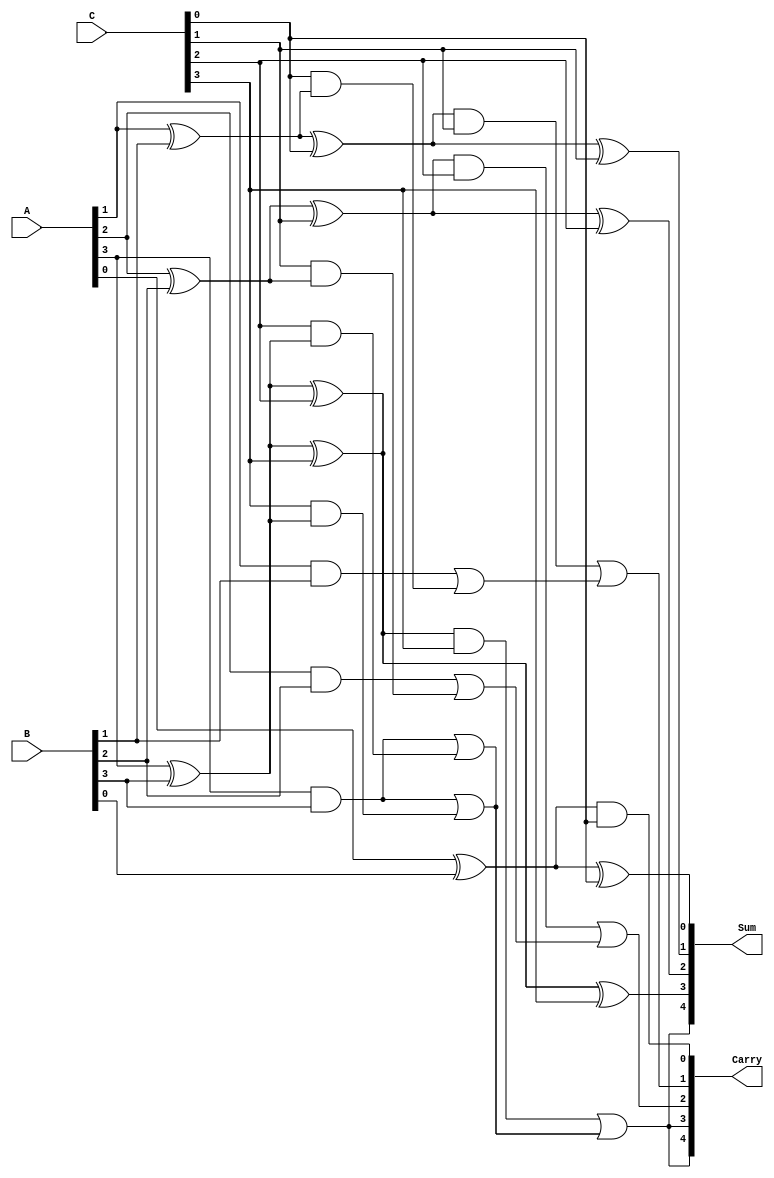
module ParallelCarrySaveAdder #(parameter n = 4) (
    input  [n-1:0] A,
    input  [n-1:0] B,
    input  [n-1:0] C,
    output [n:0] Sum,
    output [n:0] Carry
);

    wire [n-1:0] S1, C1;    // Intermediate sums and carries
    wire [n-1:0] S2, C2;    // Second stage sums and carries

    // Half Adder for first bit
    assign S1[0] = A[0] ^ B[0];
    assign C1[0] = A[0] & B[0];

    // Full Adders for the rest of the bits
    genvar i;
    generate
        for (i = 1; i < n; i = i + 1) begin : FA
            assign S1[i] = A[i] ^ B[i] ^ C[i-1]; // Using carry from previous stage
            assign C1[i] = (A[i] & B[i]) | (C[i-1] & (A[i] ^ B[i]));
        end
    endgenerate

    // Half Adder for the last bit
    assign S1[n-1] = A[n-1] ^ B[n-1] ^ C[n-1];
    assign C1[n-1] = (A[n-1] & B[n-1]) | (C[n-1] & (A[n-1] ^ B[n-1]));

    // Second stage of addition (adding carries)
    assign S2[0] = S1[0] ^ C[0];
    assign C2[0] = S1[0] & C[0];

    generate
        for (i = 1; i < n; i = i + 1) begin : FA2
            assign S2[i] = S1[i] ^ C[i];
            assign C2[i] = (S1[i] & C[i]) | C1[i];
        end
    endgenerate

    // Final carry out
    assign Sum = {C2[n-1], S2};  // Final sum with carry
    assign Carry = {C2[n-1], C2}; // Final carry outputs

endmodule